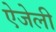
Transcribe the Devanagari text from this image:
ऐजेली